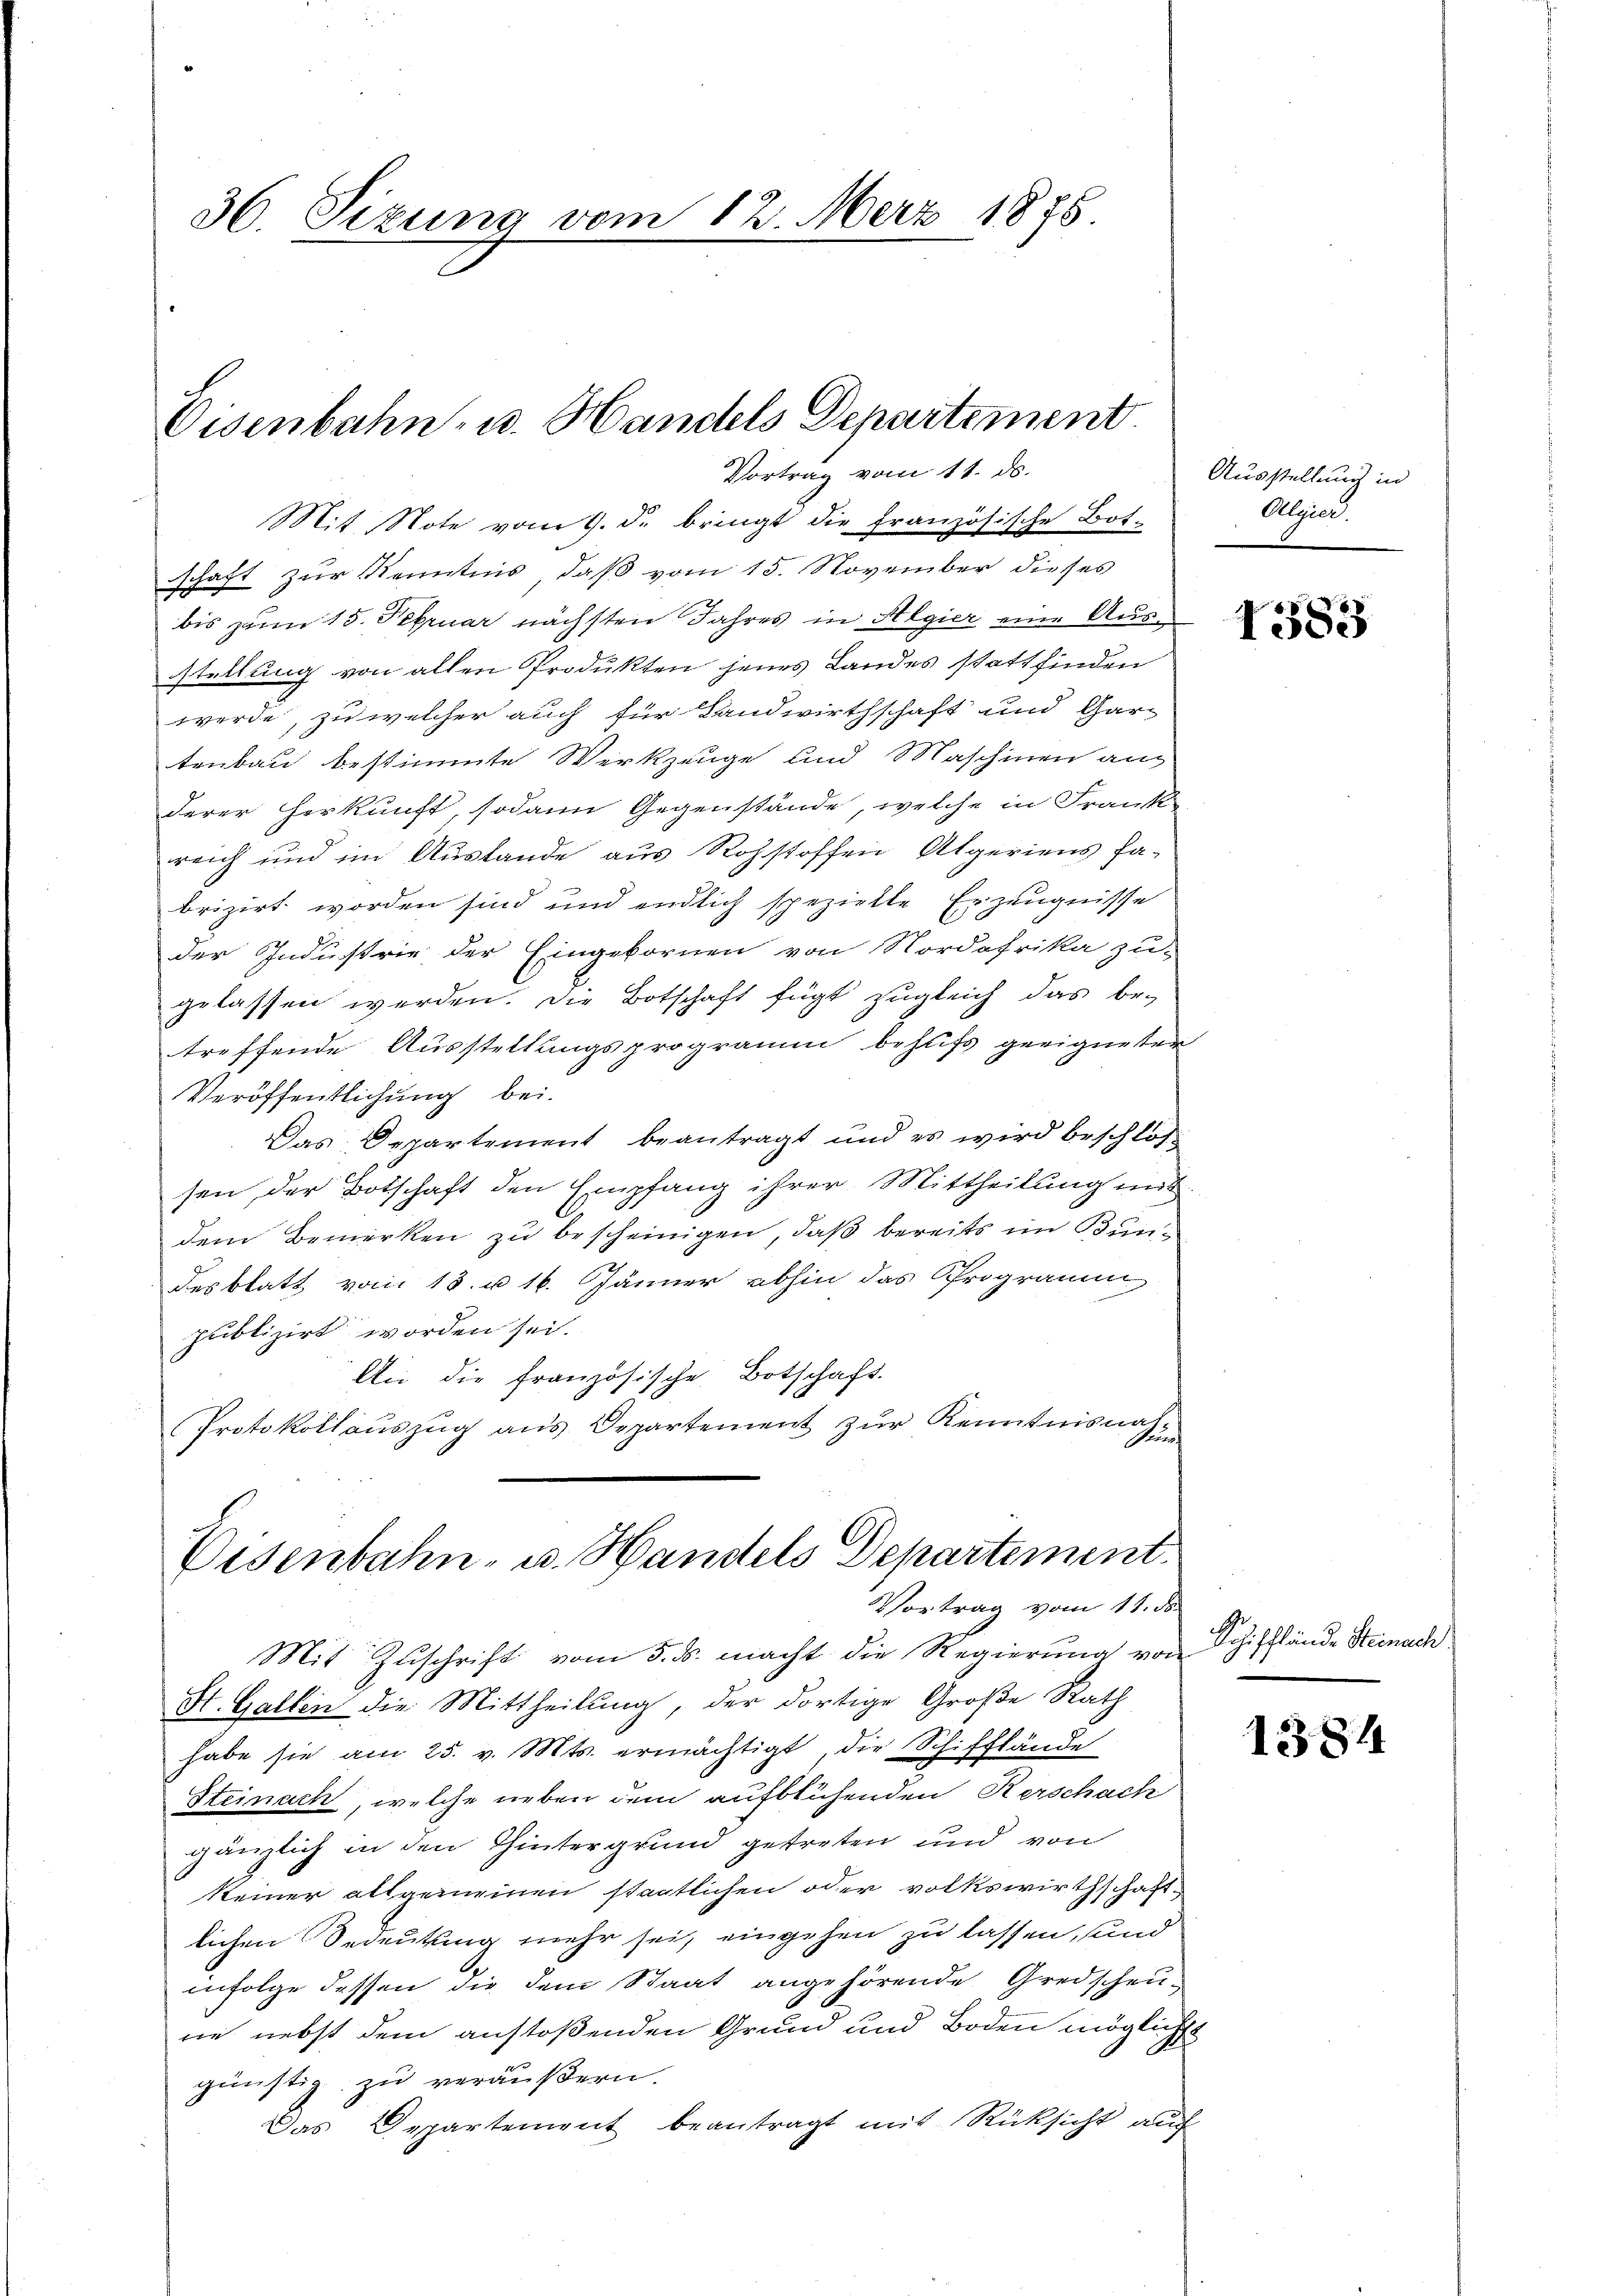
36 Sizung vom 12. März 1885

Eisenbahn- u. Handels Departement
Vortrag vom 11. ds.

Mit Note vom 9. d. bringt die französische Bot-
schaft zur Kenntnis, daß vom 15. November dieses
bis zum 15. Februar nächsten Jahres in Algier eine Ausstellung von allen Produkten jenes Landes stattfinden
werde, zu welcher auch für Landwirthschaft und Gar-
tenbau bestimmte Werkzeuge und Maschinen an
derer Herkunft, sodann Gegenstände, welche in Frank
reich und im Auslande aus Rohstoffen Algeriens Fa-
brizirt worden sind und endlich spezielle Erzeugnisse
der Industrie der Eingebornen von Nordafrika zu-
gelassen werden. Die Botschaft fügt zugleich das be-
treffende Ausstellungsprogramm behufs geeigneter
Veröffentlichung bei.
Das Departement beantragt und es wird beschlos
sen, der Botschaft den Empfang ihrer Mittheilung mit
dem Bemerken zu bescheinigen, daß bereits im Bundesblatt vom 15. u 16. Jänner abhin das Programm
publizirt worden sei.
An die französische Botschaft.
Protokollauszug aus Departement zŭr Kenntnisnal-
Steuer

Visenbahn- u. Handels Departement
Vortrag vom 11. ds.

Ausstellung in
Algier

Mit Zuschrift vom 5. ds. macht die Regierung von
St. Gallen die Mittheilung, der dortige Große Rath
habe sie am 25. v. Mts. ermächtigt, die Schifflände
Steinach, welche neben dem aufblühenden Kerschach
gänzlich in den Hintergrund getreten und von
keiner allgemeinen staatlichen oder volkswirthschaftlichen Bedeutung mehr sei, eingehen zu lassen, und
infolge dessen die dem Staat angehörende Gredscheu-
ne nebst dem anstoßenden Grund und Boden möglicht
günstig zu veräußern.
Das Departement beantragt mit Rücksicht auch

1383

Schifflände Steinach

1384